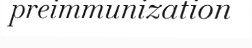
preimmunization